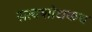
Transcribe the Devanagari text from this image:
सत्यशोधकच